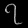
Digit: ၇